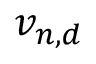
v _ { n , d }